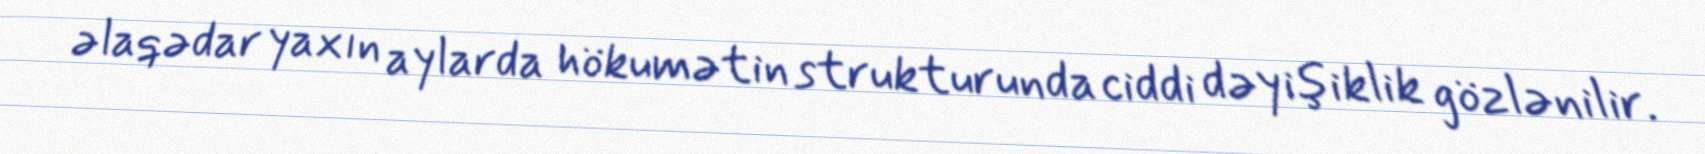
əlaqədar yaxın aylarda hökumətin strukturunda ciddi dəyişiklik gözlənilir.